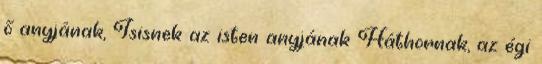
ő anyjának, Isisnek az isten anyjának Háthornak, az égi